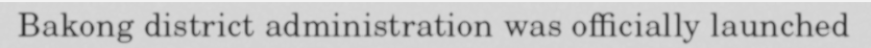
Bakong district administration was officially launched